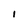
Character: I